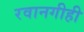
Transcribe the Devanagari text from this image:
रवानगीही